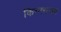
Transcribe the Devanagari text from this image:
किन्नराश्रव